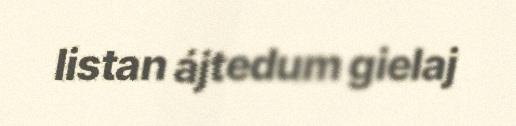
listan ájtedum gielaj